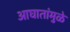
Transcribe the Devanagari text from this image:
आघातांमुळे